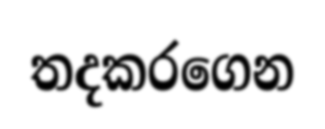
තදකරගෙන